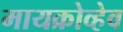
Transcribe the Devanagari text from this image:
मायक्रोव्हेव